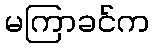
မကြာခင်က